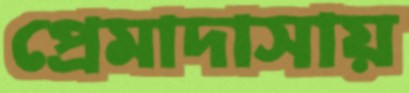
প্রেমাদাসায়